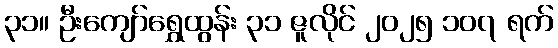
၃၁။ ဦးကျော်ရွှေထွန်း ၃၁ ဇူလိုင် ၂၀၂၅ ၁၀၇ ရက်